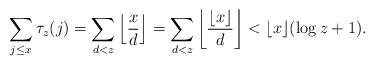
\begin{align*}\sum_{j\le x}\tau_z(j)=\sum_{d<z}\left\lfloor\frac xd\right\rfloor=\sum_{d<z}\left\lfloor\frac{\lfloor x\rfloor}d\right\rfloor<\lfloor x\rfloor(\log z+1).\end{align*}